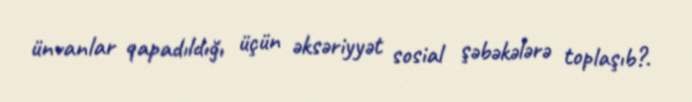
ünvanlar qapadıldığı üçün əksəriyyət sosial şəbəkələrə toplaşıb?.